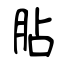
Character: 胋